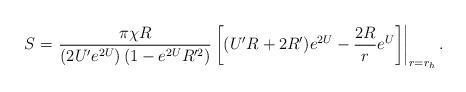
LaTeX: \begin{align*}S=\left.\frac{\pi \chi R}{ \left( 2U' e^{2U} \right) \left(1-e^{2U}R'^{2}\right)}\left[(U'R+2R')e^{2U}-{{2R}\over{r}}e^{U}\right]\right|_{r=r_h}.\end{align*}